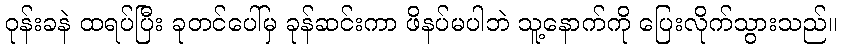
ဝုန်းခနဲ ထရပ်ပြီး ခုတင်ပေါ်မှ ခုန်ဆင်းကာ ဖိနပ်မပါဘဲ သူ့နောက်ကို ပြေးလိုက်သွားသည်။